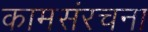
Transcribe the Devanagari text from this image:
कामसंरचना